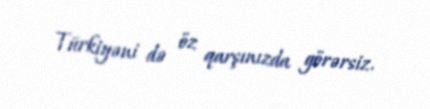
Türkiyəni də öz qarşınızda görərsiz.